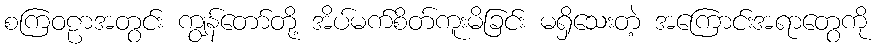
စကြဝဠာအတွင်း ကျွန်တော်တို့ အိပ်မက်စိတ်ကူးမိခြင်း မရှိသေးတဲ့ အကြောင်းအရာတွေကို